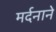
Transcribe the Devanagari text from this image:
मर्दनाने